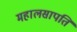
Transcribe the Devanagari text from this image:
महालसापति